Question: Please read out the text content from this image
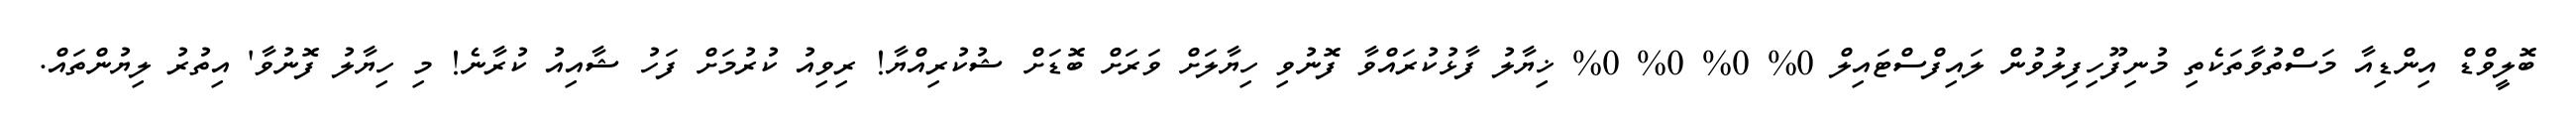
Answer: ބޮލީވްޑް އިންޑިއާ މަސްތުވާތަކެތި މުނިފޫހިފިލުވުން ލައިފްސްޓައިލް 0% 0% 0% 0% ޚިޔާލު ފާޅުކުރައްވާ ފޮނުވި ހިޔާލަށް ވަރަށް ބޮޑަށް ޝުކުރިއްޔާ! ރިވިއު ކުރުމަށް ފަހު ޝާއިއު ކުރާނެ! މި ހިޔާލު ފޮނުވާ' އިތުރު ލިޔުންތައް.